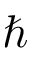
\hslash